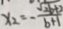
x _ { 2 } = - \frac { \sqrt { 2 b + 2 } } { b + 1 }